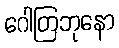
ဂေါတြဘုနော